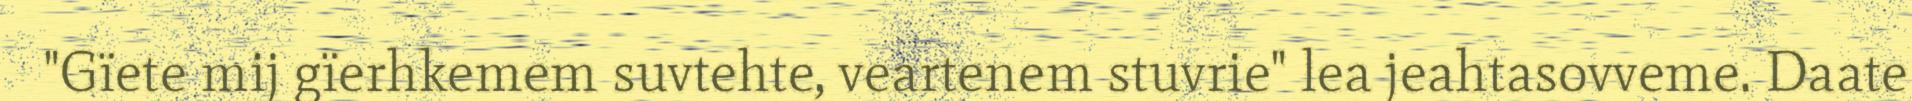
"Gïete mij gïerhkemem suvtehte, veartenem stuvrie" lea jeahtasovveme. Daate